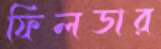
ফিলডার